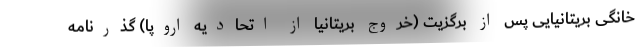
خانگی بریتانیایی پس از برگزیت (خروج بریتانیا از اتحادیه اروپا) گذرنامه